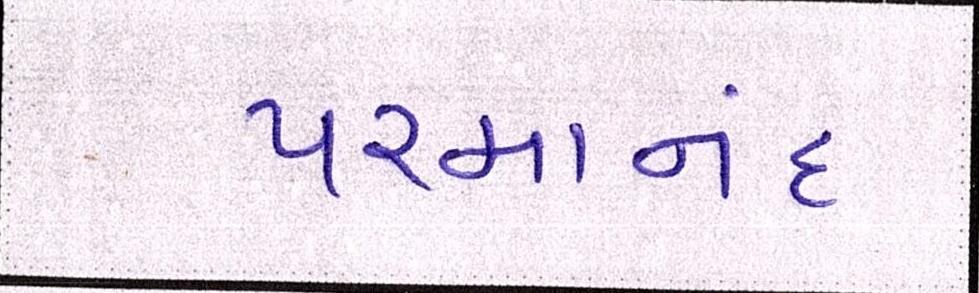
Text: પરમાનંદ